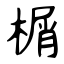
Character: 榍